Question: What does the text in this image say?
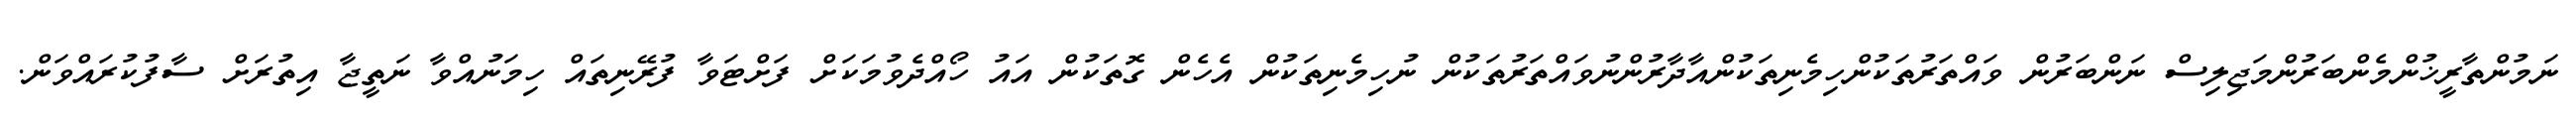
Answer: ނަމުންތާރީޚުންމެންބަރުންމަޖިލިސް ނަންބަރުން ވައްތަރުތަކުންހިމެނިތަކުންއާދާރުންނުވައްތަރުތަކުން ނުހިމެނިތަކުން އެހެން ގޮތަކުން އައު ހޯއްދެވުމަކަށް ފަށްޓަވާ ފުރޭނިތައް ހިމަނުއްވާ ނަތީޖާ އިތުރަށް ސާފުކުރައްވަން.